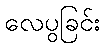
လေပွခြင်း